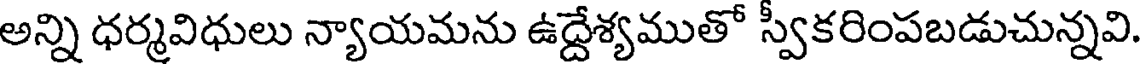
అన్ని ధర్మవిధులు న్యాయమను ఉద్దేశ్యముతో స్వీకరింపబడుచున్నవి.